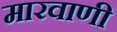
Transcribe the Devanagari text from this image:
मारवाणी